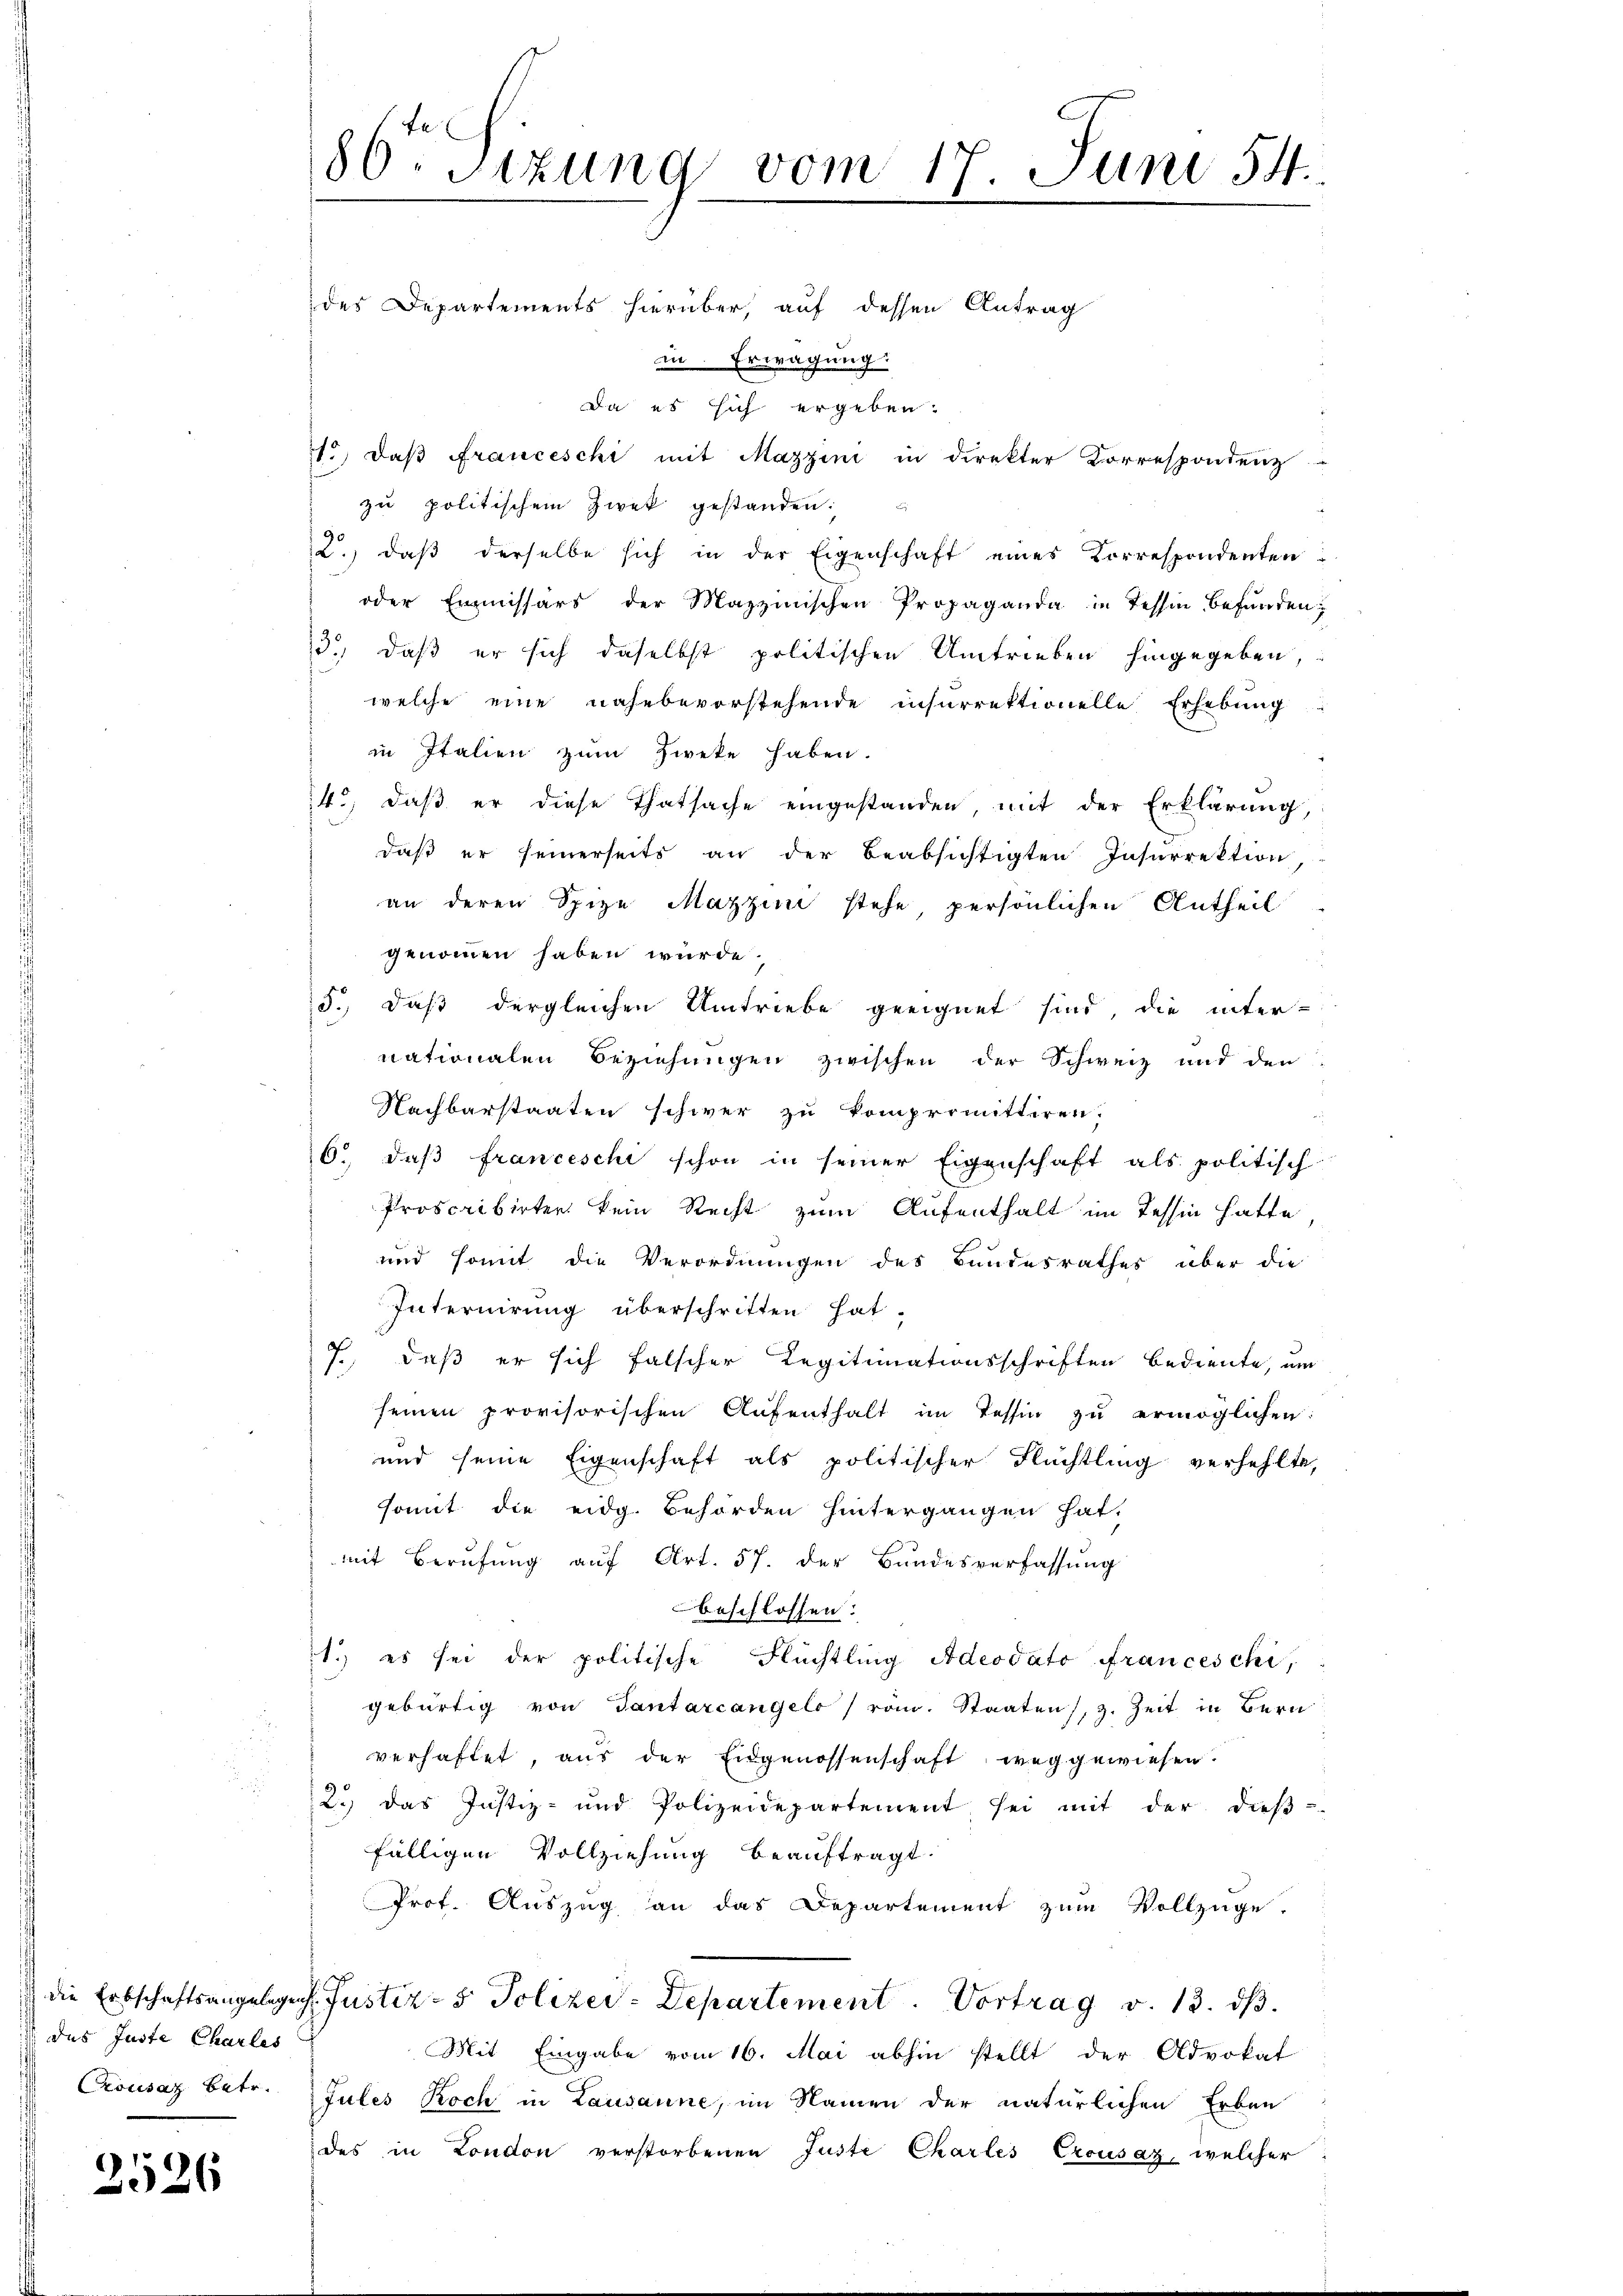
2526

des Departements hierüber, auf dessen Antrag
in Erwägung.
Da es sich ergeben:
o, daß Franceschi mit Mazzini in direkter Korrespondenz
zu politischem Zwek gestanden:
2.) daß derselbe sich in der Eigenschaft eines Korrespondenten
oder Emmissärs der Mazzinischen Propaganda in Tessin befunden;
13.) daß er sich daselbst politischen Umtrieben hingegeben,
welche eine nahebevorstehende insurrektionelle Erhebung
in Italien zum Zweke haben.
14., daß er diese Thatsache eingestanden, mit der Erklärung,
daß er seinerseits an der beabsichtigten Insurrektion
an deren Spize Mazzini stehe, persönlichen Antheil
genommen haben würde.
5., daß dergleichen Umtriebe geeignet sind, die inter-
nationalen Beziehungen zwischen der Schweiz und den
Nachbarstaaten schwer zu kompromittiren.
6. daβ franceschi schon in seiner Eigenschaft als politisch
Proscribirter kein Recht zum Aufenthalt im Tessin hatte
und somit die Verordnungen des Bundesrathes über die
Internirung überschriften hat.
7., daß er sich falscher Regitimationsschriften bediente, um
seinen provisorischen Aufenthalt im Tessin zŭ ermöglichen:
und seine Eigenschaft als politischer Flüchtling verhehlte,
somit die eidg. Behörden hintergangen hat.
mit Berufung auf Art. 57. der Bundesverfassung
beschlossen:
1.) es sei der politische Flüchtling Adeodato Franceschi,
gebürtig von Tantarcangelo / röm. Staaten, z. Zeit in Bern
verhaftet, aus der Eidgenossenschaft weggewiesen.
2.) das Justiz- und Polizeidepartement sei mit der dieβ-
fälligen Vollziehung beauftragt.
Prof. Auszug an das Departement zum Vollzüge.
die Erbschaftsangelegens Justiz- & Polizei-Departement. Vortrag v. 13. dβ.
 das Juste Charles
Mit Eingabe vom 16. Mai abhin stellt der Advokat
Crousaz betr. Gutes Koch in Lausanne, im Namen der natürlichen Erben
des in London verstorbenen Juste Charles Crousaz, welcher:

80. Sizung vom 17. Juni 54.